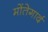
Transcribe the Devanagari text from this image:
मोंतेगार्द